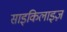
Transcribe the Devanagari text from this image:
साइकिलाइज़